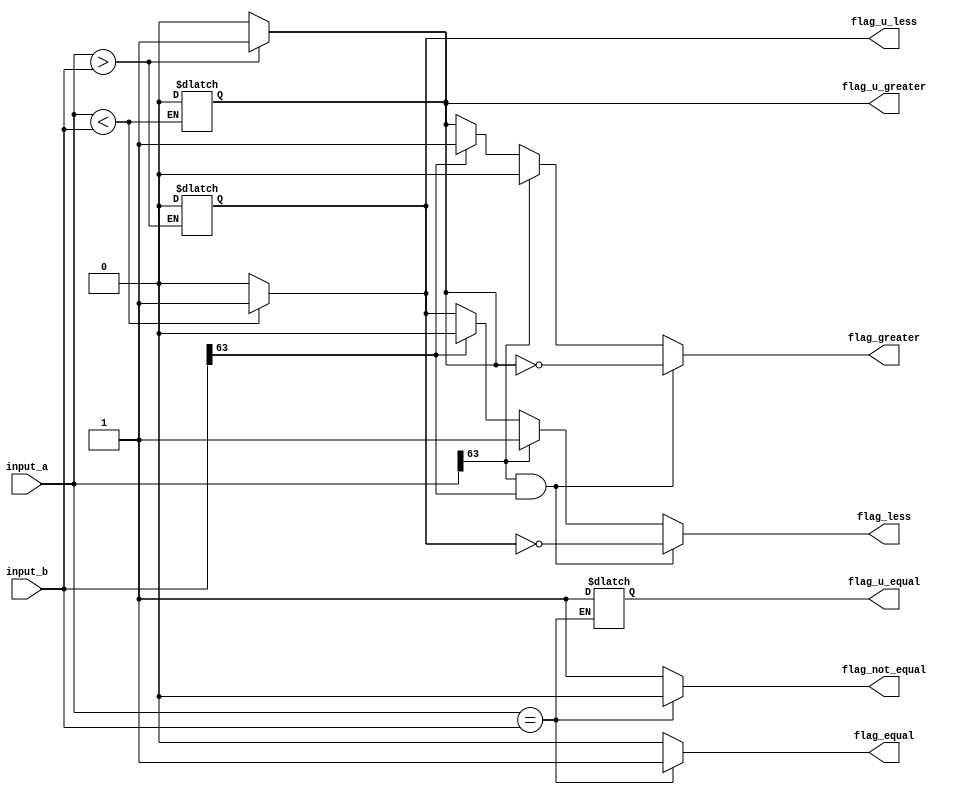
/* unidade lgico aritmtica */
module flagger #(
    parameter WORDSIZE = 64             /* define o tamanho da palavra */
) (
    input wire [WORDSIZE-1:0] input_a,  /* primeiro valor da operao */  
    input wire [WORDSIZE-1:0] input_b,  /* segundo valor da operao */
//  output wire flag_overflow,          /* sinal de deteco de overflow */
    output wire flag_equal,             /* flag igualdade */
    output wire flag_not_equal,         /* flag no igualdade */
    output wire flag_greater,           /* flag maior */
    output wire flag_less,              /* flag menor */
    output wire flag_u_equal,           /* flag igualdade (sem sinal) */
    output wire flag_u_greater,         /* flag maior (sem sinal) */
    output wire flag_u_less             /* flag menor (sem sinal) */
);

    /* registradores para cada flag */
    reg alu_flag_equal;                 /* flag igualdade */
    reg alu_flag_not_equal;             /* flag no igualdade */
    reg alu_flag_greater;               /* flag maior */
    reg alu_flag_less;                  /* flag menor */
    reg alu_flag_u_equal;               /* flag igualdade (sem sinal) */
    reg alu_flag_u_greater;             /* flag maior (sem sinal) */
    reg alu_flag_u_less;                /* flag menor (sem sinal) */

    /* conexo dos fios de sada */
    assign flag_equal = alu_flag_equal;
    assign flag_not_equal = alu_flag_not_equal;
    assign flag_greater = alu_flag_greater;
    assign flag_less = alu_flag_less;
    assign flag_u_equal = alu_flag_u_equal;
    assign flag_u_greater = alu_flag_u_greater;
    assign flag_u_less = alu_flag_u_less;

    /* verifica igualdade */
    always @(*) begin
        if(input_a == input_b) begin
            alu_flag_equal = 1;
            alu_flag_not_equal = 0;
            alu_flag_u_equal = 1;
        end else begin
            alu_flag_equal = 0;
            alu_flag_not_equal = 1;
        end
    end

    /* verifica se a > b unsigned */
    always @(*) begin
        if(input_a > input_b) begin
            alu_flag_u_greater = 1;
            alu_flag_u_less = 0;
        end else begin
            alu_flag_u_greater = 0;
        end
    end

    /* verifica se a < b unsigned */
    always @(*) begin
        if(input_a < input_b) begin
            alu_flag_u_greater = 0;
            alu_flag_u_less = 1;
        end else begin
            alu_flag_u_less = 0;
        end
    end

    /* verifica as desigualdades com complemento de dois */
    always @(*) begin
        if(input_a[WORDSIZE-1] == 1 && input_b[WORDSIZE-1] == 1) begin
            alu_flag_greater = ~ alu_flag_u_greater;
            alu_flag_less = ~alu_flag_u_less;
        end
        else if(input_a[WORDSIZE-1] == 1) begin
            alu_flag_greater = 0;
            alu_flag_less = 1;
        end
        else if(input_b[WORDSIZE-1] == 1) begin
            alu_flag_greater = 1;
            alu_flag_less = 0;
        end
        else begin
            alu_flag_greater = alu_flag_u_greater;
            alu_flag_less = alu_flag_u_less;
        end
    end


endmodule